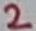
Text: 2